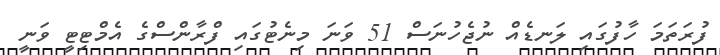
ފުރަތަމަ ހާފުގައި ލަނޑެއް ނުޖެހުނަސް 51 ވަނަ މިނެޓުގައި ފްރާންސްގެ އެމްޓިޓީ ވަނީ